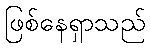
ဖြစ်နေရှာသည်